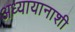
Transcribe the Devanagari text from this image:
अध्यायानाशी